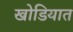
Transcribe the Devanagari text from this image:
खोडियात